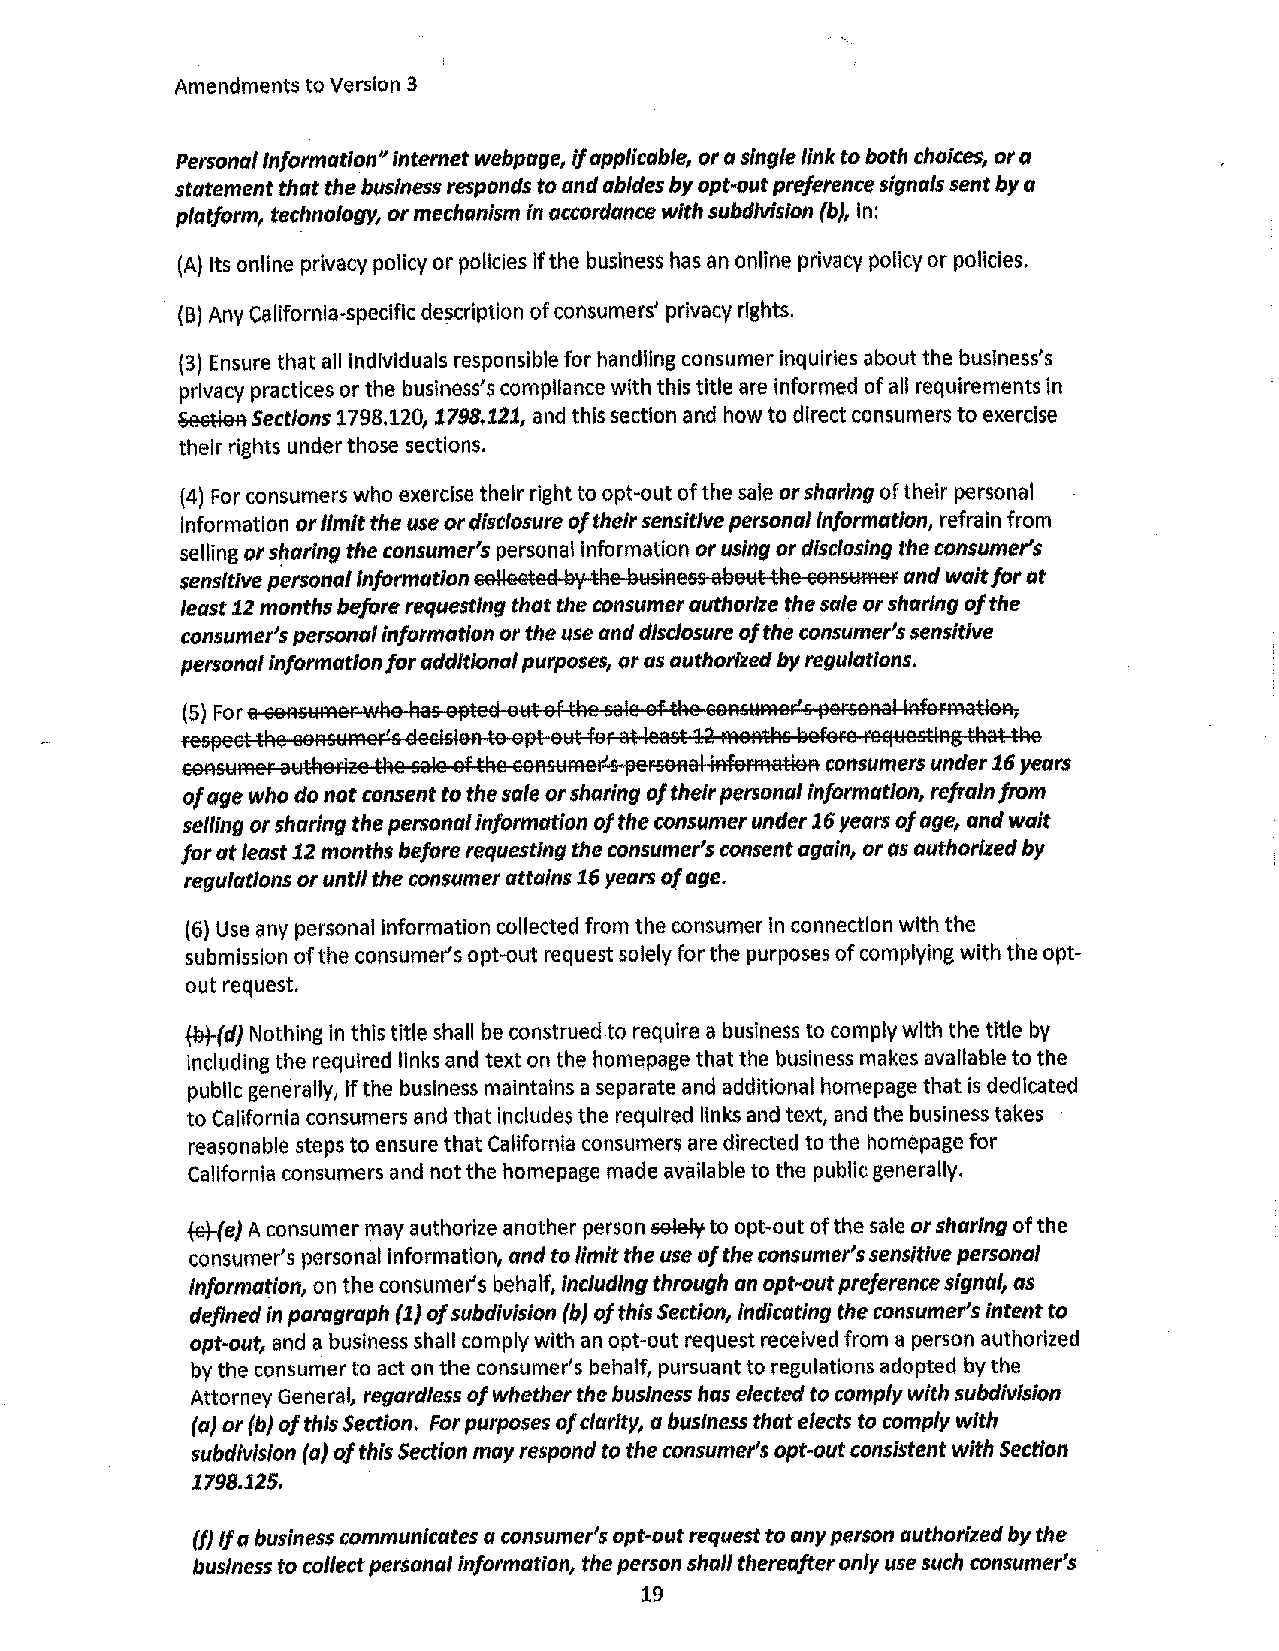
Amendments to Version 3
 Personal Information" Internet webpage, if applicable, or a single link to both choices, or a
 statement that the business responds to and abides by opt-out preference signals sent by a
 platform, technology, or mechanism In accordance with subdivision (b}, In:
 (A) Its online privacy policy or policies If the business has an online privacy policy or policies.
 (B) Any California-specific description of consumers' privacy rights.
 (3) Ensure that all Individuals responsible for handling consumer inquiries about the business's
 privacy practices or the business's compliance with this title are informed of all requirements in
 Section Sections 1798.120, 1798,121, and this section and how to direct consumers to exercise
 their rights under those sections.
 (4) For consumers who exercise their right to opt-out of the sale or sharing of their personal
 Information or limit the use or disclosure of their sensitive personal Information, refrain from
 selling or sharing the consumer's personal information or using or disclosing the consumer's
 sensitive personal Information collected lly Hie ll.isiness allout the eons.imer and wait for at
 least 12 months before requesting that the consumer authorize the sale or sharing of the
 consumer's personal information or the use and disclosure of the consumer's sensitive
 personal information for additional purposes, or as authorized by regulations.
 (5) For a consumer who has Ojlted-01,1t of the sale of the consumer's personal infermation,
 respect Hie consumer's decision to opt out for at least 12 rnonti'ls llefure requesting tl'lat Hie
 eonsllmer awthorize U,e sale of the eonsl!mer's ~ersonal information consumers under 1.6 years
 of age who do not consent to the sale or sharing of their personal information, refrain from
 selling or sharing the personal information of the consumer under 1. 6 years of age, and wait
 for at least 12 months before requesting the consumer's consent again, or as authorized by
 regulations or until the consumer attains 16 years of age.
 (6) Use any personal information collected from the consumer In connection with the
 submission of the consumer's opt-out request solely for the purposes of complying with the opt­
 out request.
 ~(d) Nothing in this title shall be construed to require a business to comply with the title by
 including the required links and text on the homepage that the business makes available to the
 public generally, If the business maintains a separate and additional homepage that is dedicated
 to California consumers and that includes the required links and text, and the business takes
 reasonable steps to ensure that California consumers are directed to the homepage for
 California consumers and not the homepage made available to the public generally.
 fet-(e) A consumer may authorize another person wlel',' to opt-out of the sale or sharing of the
 consumer's personal Information, and to limit the use of the consumer's sensitive personal
 information, on the consumer's behalf, Including through an opt-out preference signal, as
 defined In paragraph (l) of subdivision (b) of this Section, Indicating the consumer's intent to
 opt-out, and a business shall comply with an opt-out request received from a person authorized
 by the consumer to act on the consumer's behalf, pursuant to regulations adopted by the
 Attorney General, regardless of whether the business has elected to comply with subdivision
 (a) or (b} of this Section. For purposes of clarity, a business that elects to comply with
 subdivision (a) of this Section may respond to the consumer's opt-out consistent with Section
 1798,125.
 (/) If a business communicates a consumer's opt-out request to any person authorized by the
 business to collect personal information, the person shall thereafter only use such consumer's
 19